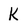
Character: k